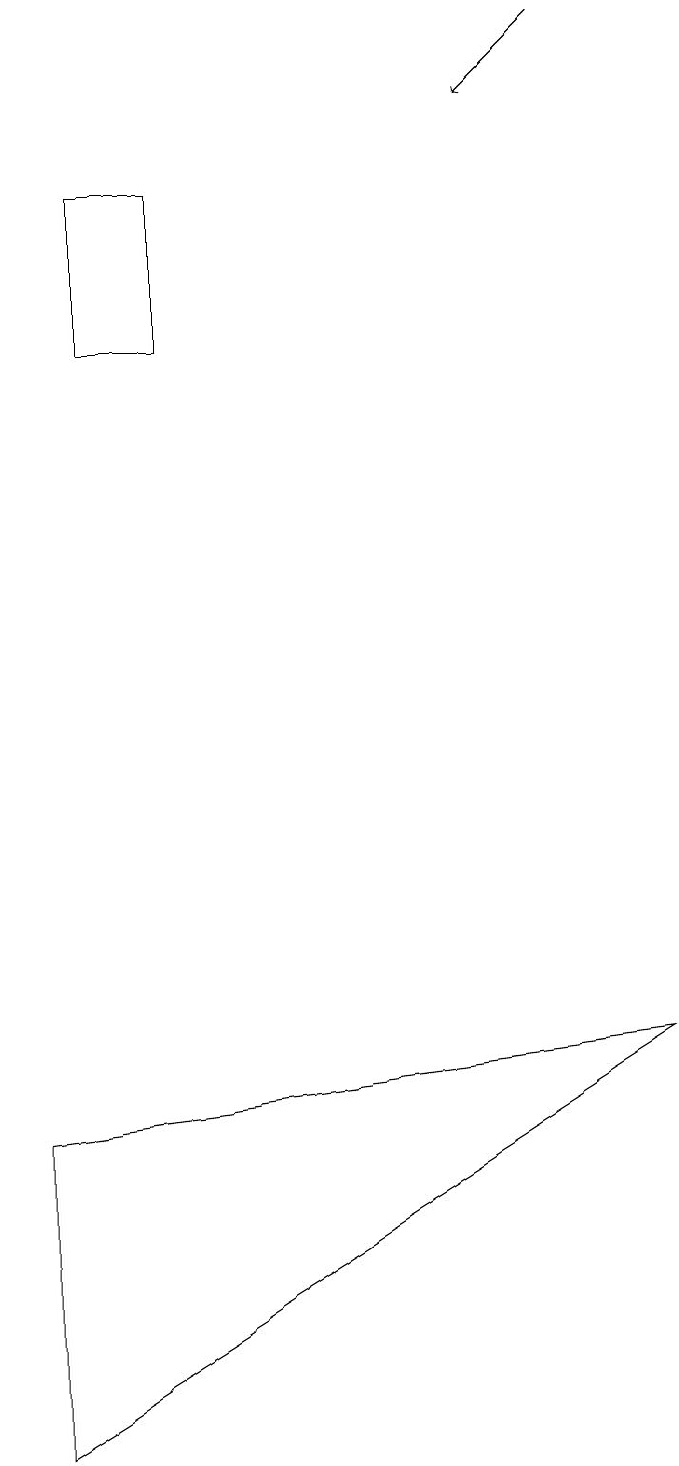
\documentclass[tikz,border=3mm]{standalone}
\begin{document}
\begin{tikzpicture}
\draw[->] (7,18) -- (6,17);
\draw (2,16) rectangle (1,14);
\draw (0,4) -- (8,5) -- (0,0) -- cycle;
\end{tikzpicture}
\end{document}